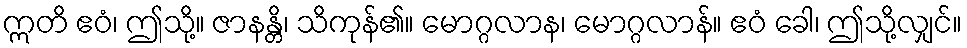
ဣတိ ဧဝံ၊ ဤသို့။ ဇာနန္တိ၊ သိကုန်၏။ မောဂ္ဂလာန၊ မောဂ္ဂလာန်။ ဧဝံ ခေါ၊ ဤသို့လျှင်။